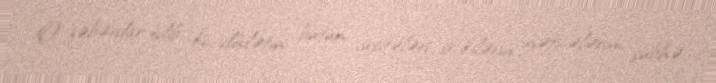
O xəbərdar edib ki, dövlətin bütün vasitələri seçkilərin nəticələrini şübhə